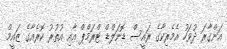
އަންގާރަ ދުވަހު އެމެރިކާގެ ރައީސް ޑޮނަލްޑް ޓްރަމްޕް އާއި އުތުރު ކޮރެއާގެ ޒައީމް